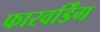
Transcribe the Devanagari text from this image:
फारवर्डिंग